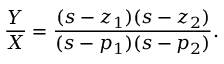
{ \frac { Y } { X } } = { \frac { ( s - z _ { 1 } ) ( s - z _ { 2 } ) } { ( s - p _ { 1 } ) ( s - p _ { 2 } ) } } .